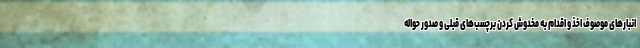
انبارهای موصوف اخذ و اقدام به مخدوش کردن برچسب‌های قبلی و صدور حواله